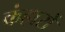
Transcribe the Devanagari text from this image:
कंहारों